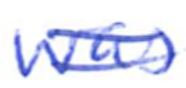
Text: was
Cross-out: double-line
Writing tool: ballpoint